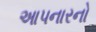
આપનારનો